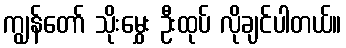
ကျွန်တော် သိုးမွှေး ဦးထုပ် လိုချင်ပါတယ်။